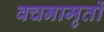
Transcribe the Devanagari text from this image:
वचनामृतों